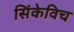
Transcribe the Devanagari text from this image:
सिंकेविच